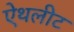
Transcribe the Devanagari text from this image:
ऐथलीट